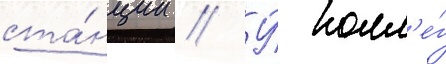
ста́нции // У́ колл'е́г